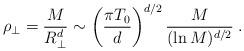
LaTeX: \begin{align*}\rho_\perp = {M\over R_\perp^d} \sim \left({\pi T_0\over d}\right)^{d/2}{M\over (\ln{M})^{d/2}}\; .\end{align*}